Trukikaitis_Postimees, lk 160
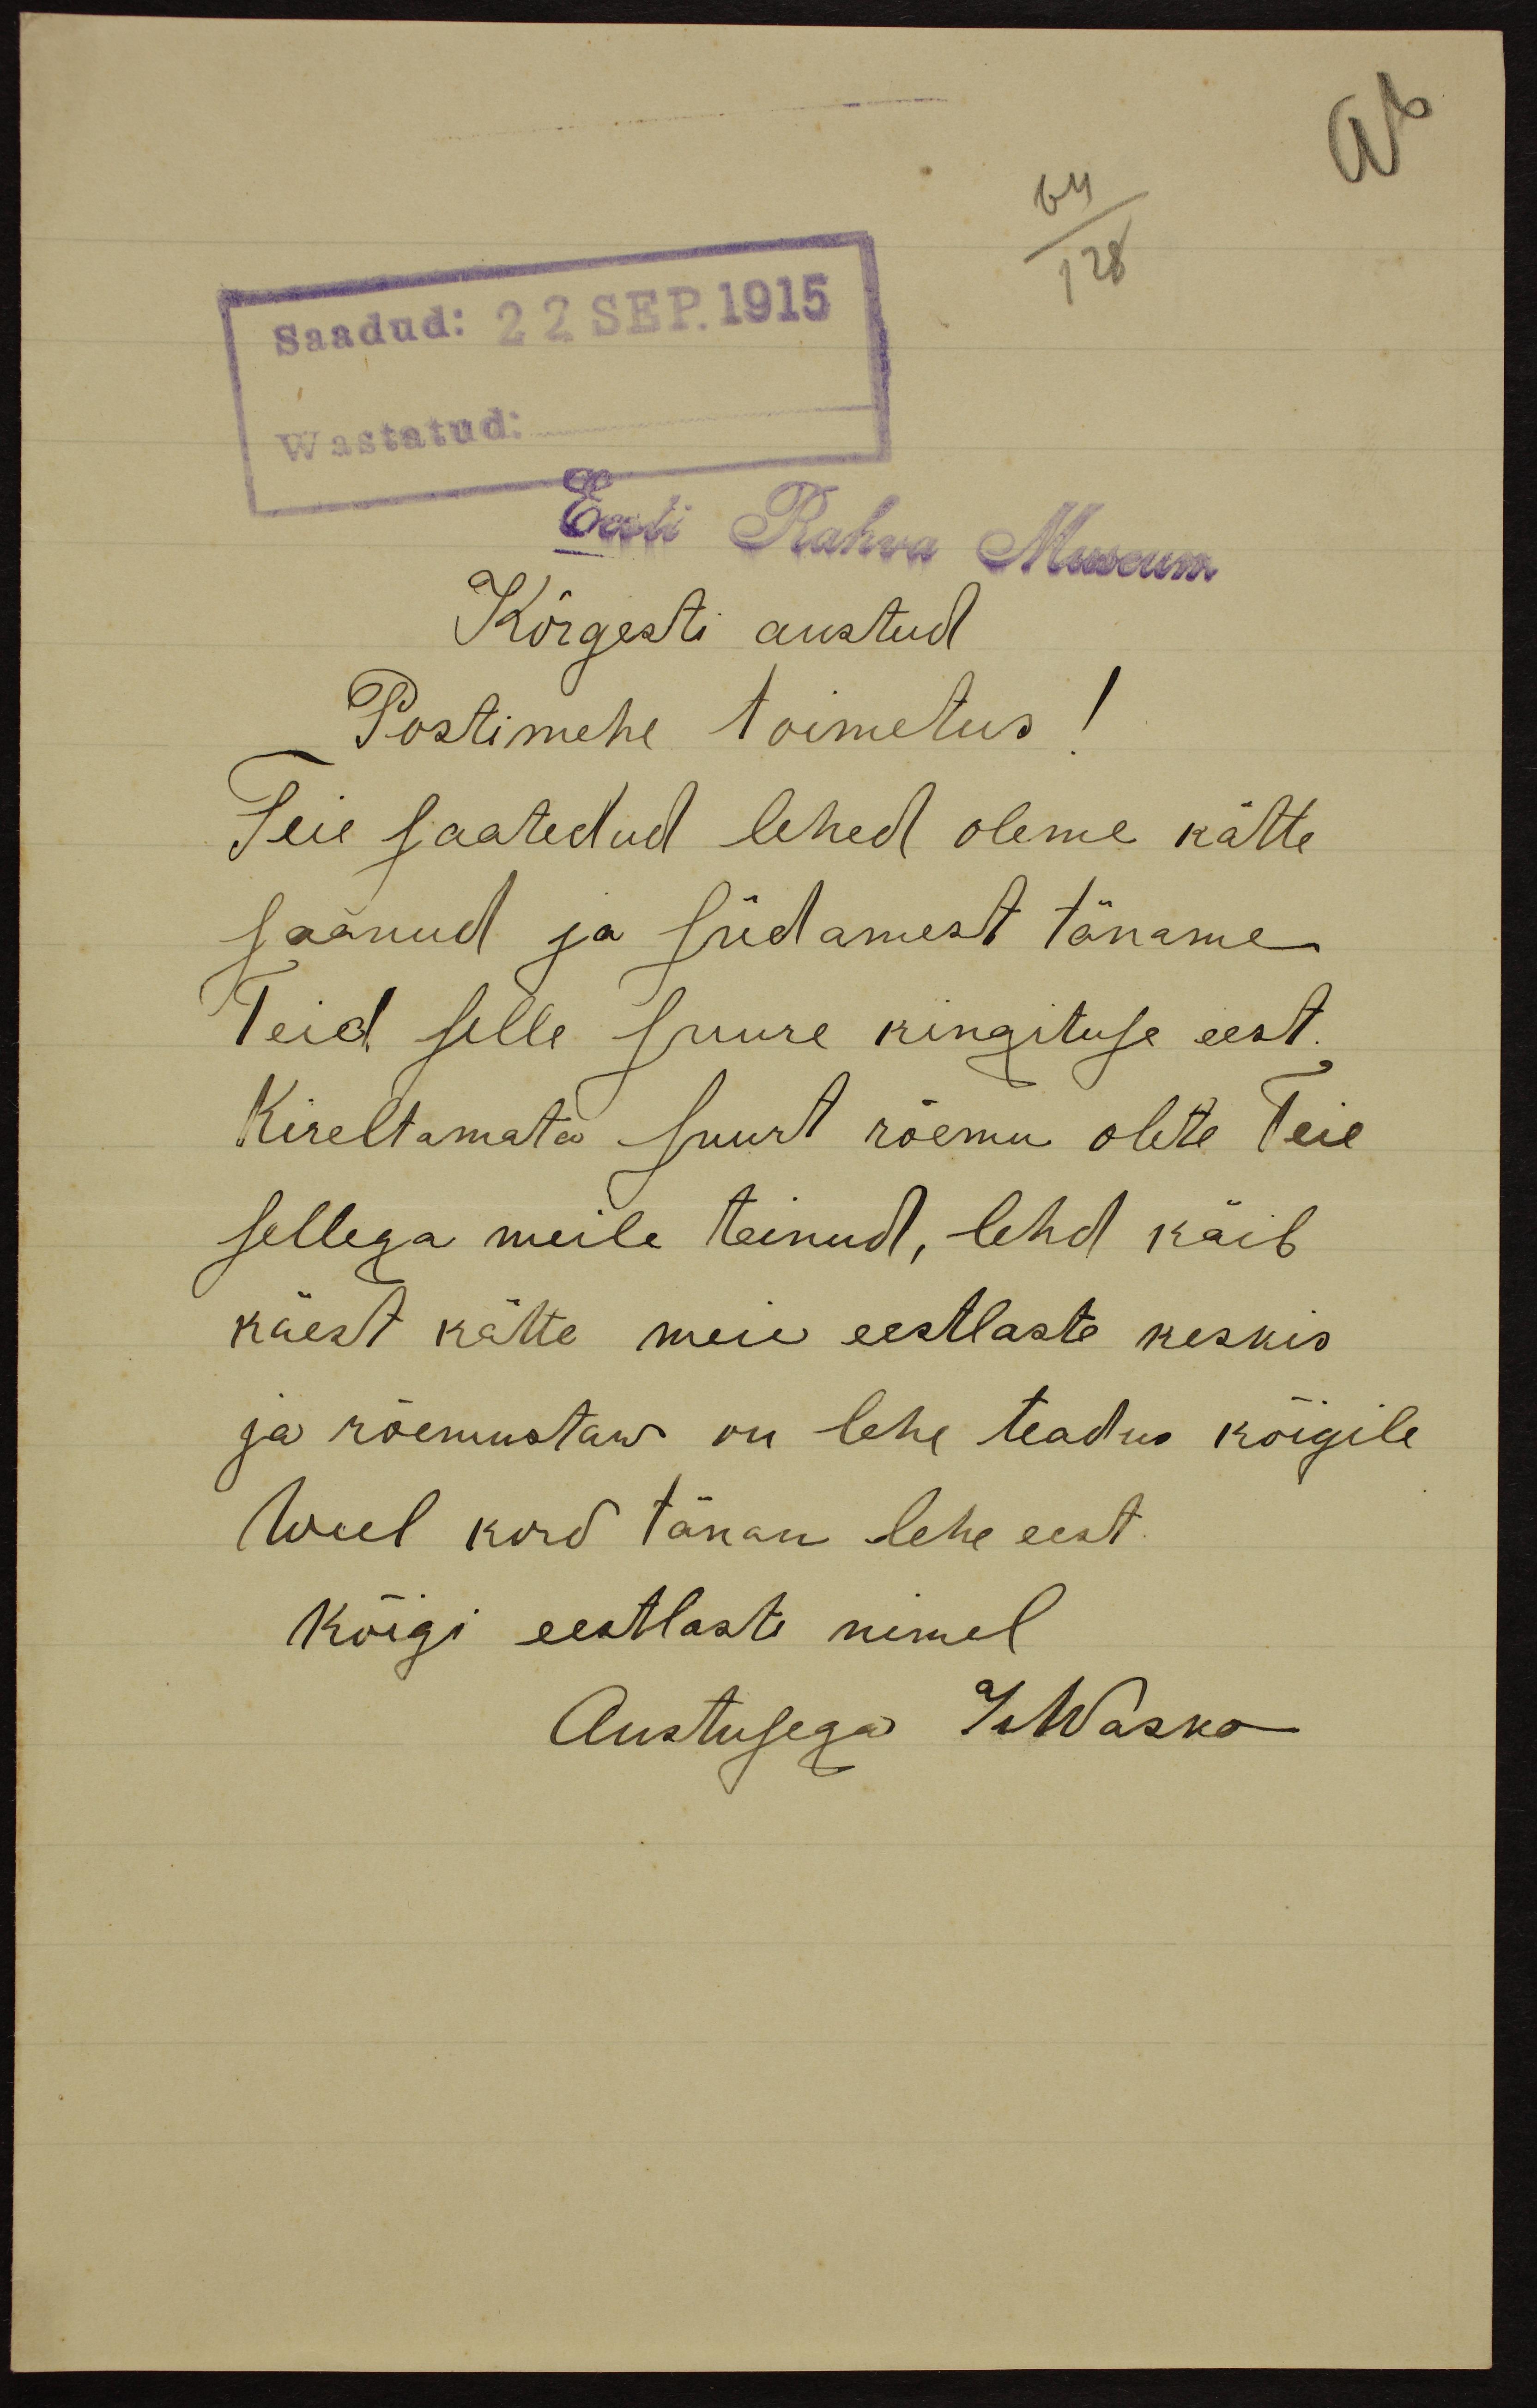
Saadud: 22 SEP. 1915
Wastatud:
Eesti Rahva Museum
Kõrgesti austud
Postimehe toimetus!
Teie saatedud lehed oleme kätte
saanud ja südamest täname
Teid selle suure kingituse eest.
Kireltamata suurt rõemu olete teie
sellega meile teinud, leht käib
käest kätte meie eestlaste keskis
ja rõemustaw on lehe teadus kõigile
Weel kord tänan lehe eest.
Kõigi eestlaste nimel
Austusega I. Waska